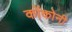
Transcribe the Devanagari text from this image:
कोंकोनी